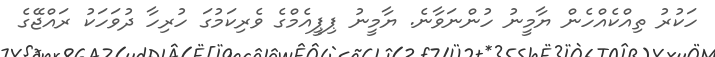
ހަކުރު ތިއްކެއްހެން ޔާމީނު ހުންނަވާނެ. ޔާމީނު ޕިޕީއެމްގެ ވެރިކަމުގަ ހުރިހާ ދުވަހަކު ރައްޖޭގެ